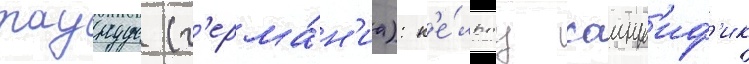
таунус (г'ерма́н'иа): к'е́льтц саиент'иф'ик